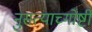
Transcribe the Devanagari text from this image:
नुसत्याच्गोष्टी